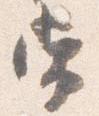
常